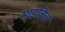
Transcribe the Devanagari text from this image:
साइबिल